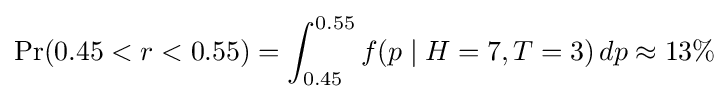
\Pr(0.45<r<0.55)=\int _{0.45}^{0.55}f(p\mid H=7,T=3)\,dp\approx 13\%\!